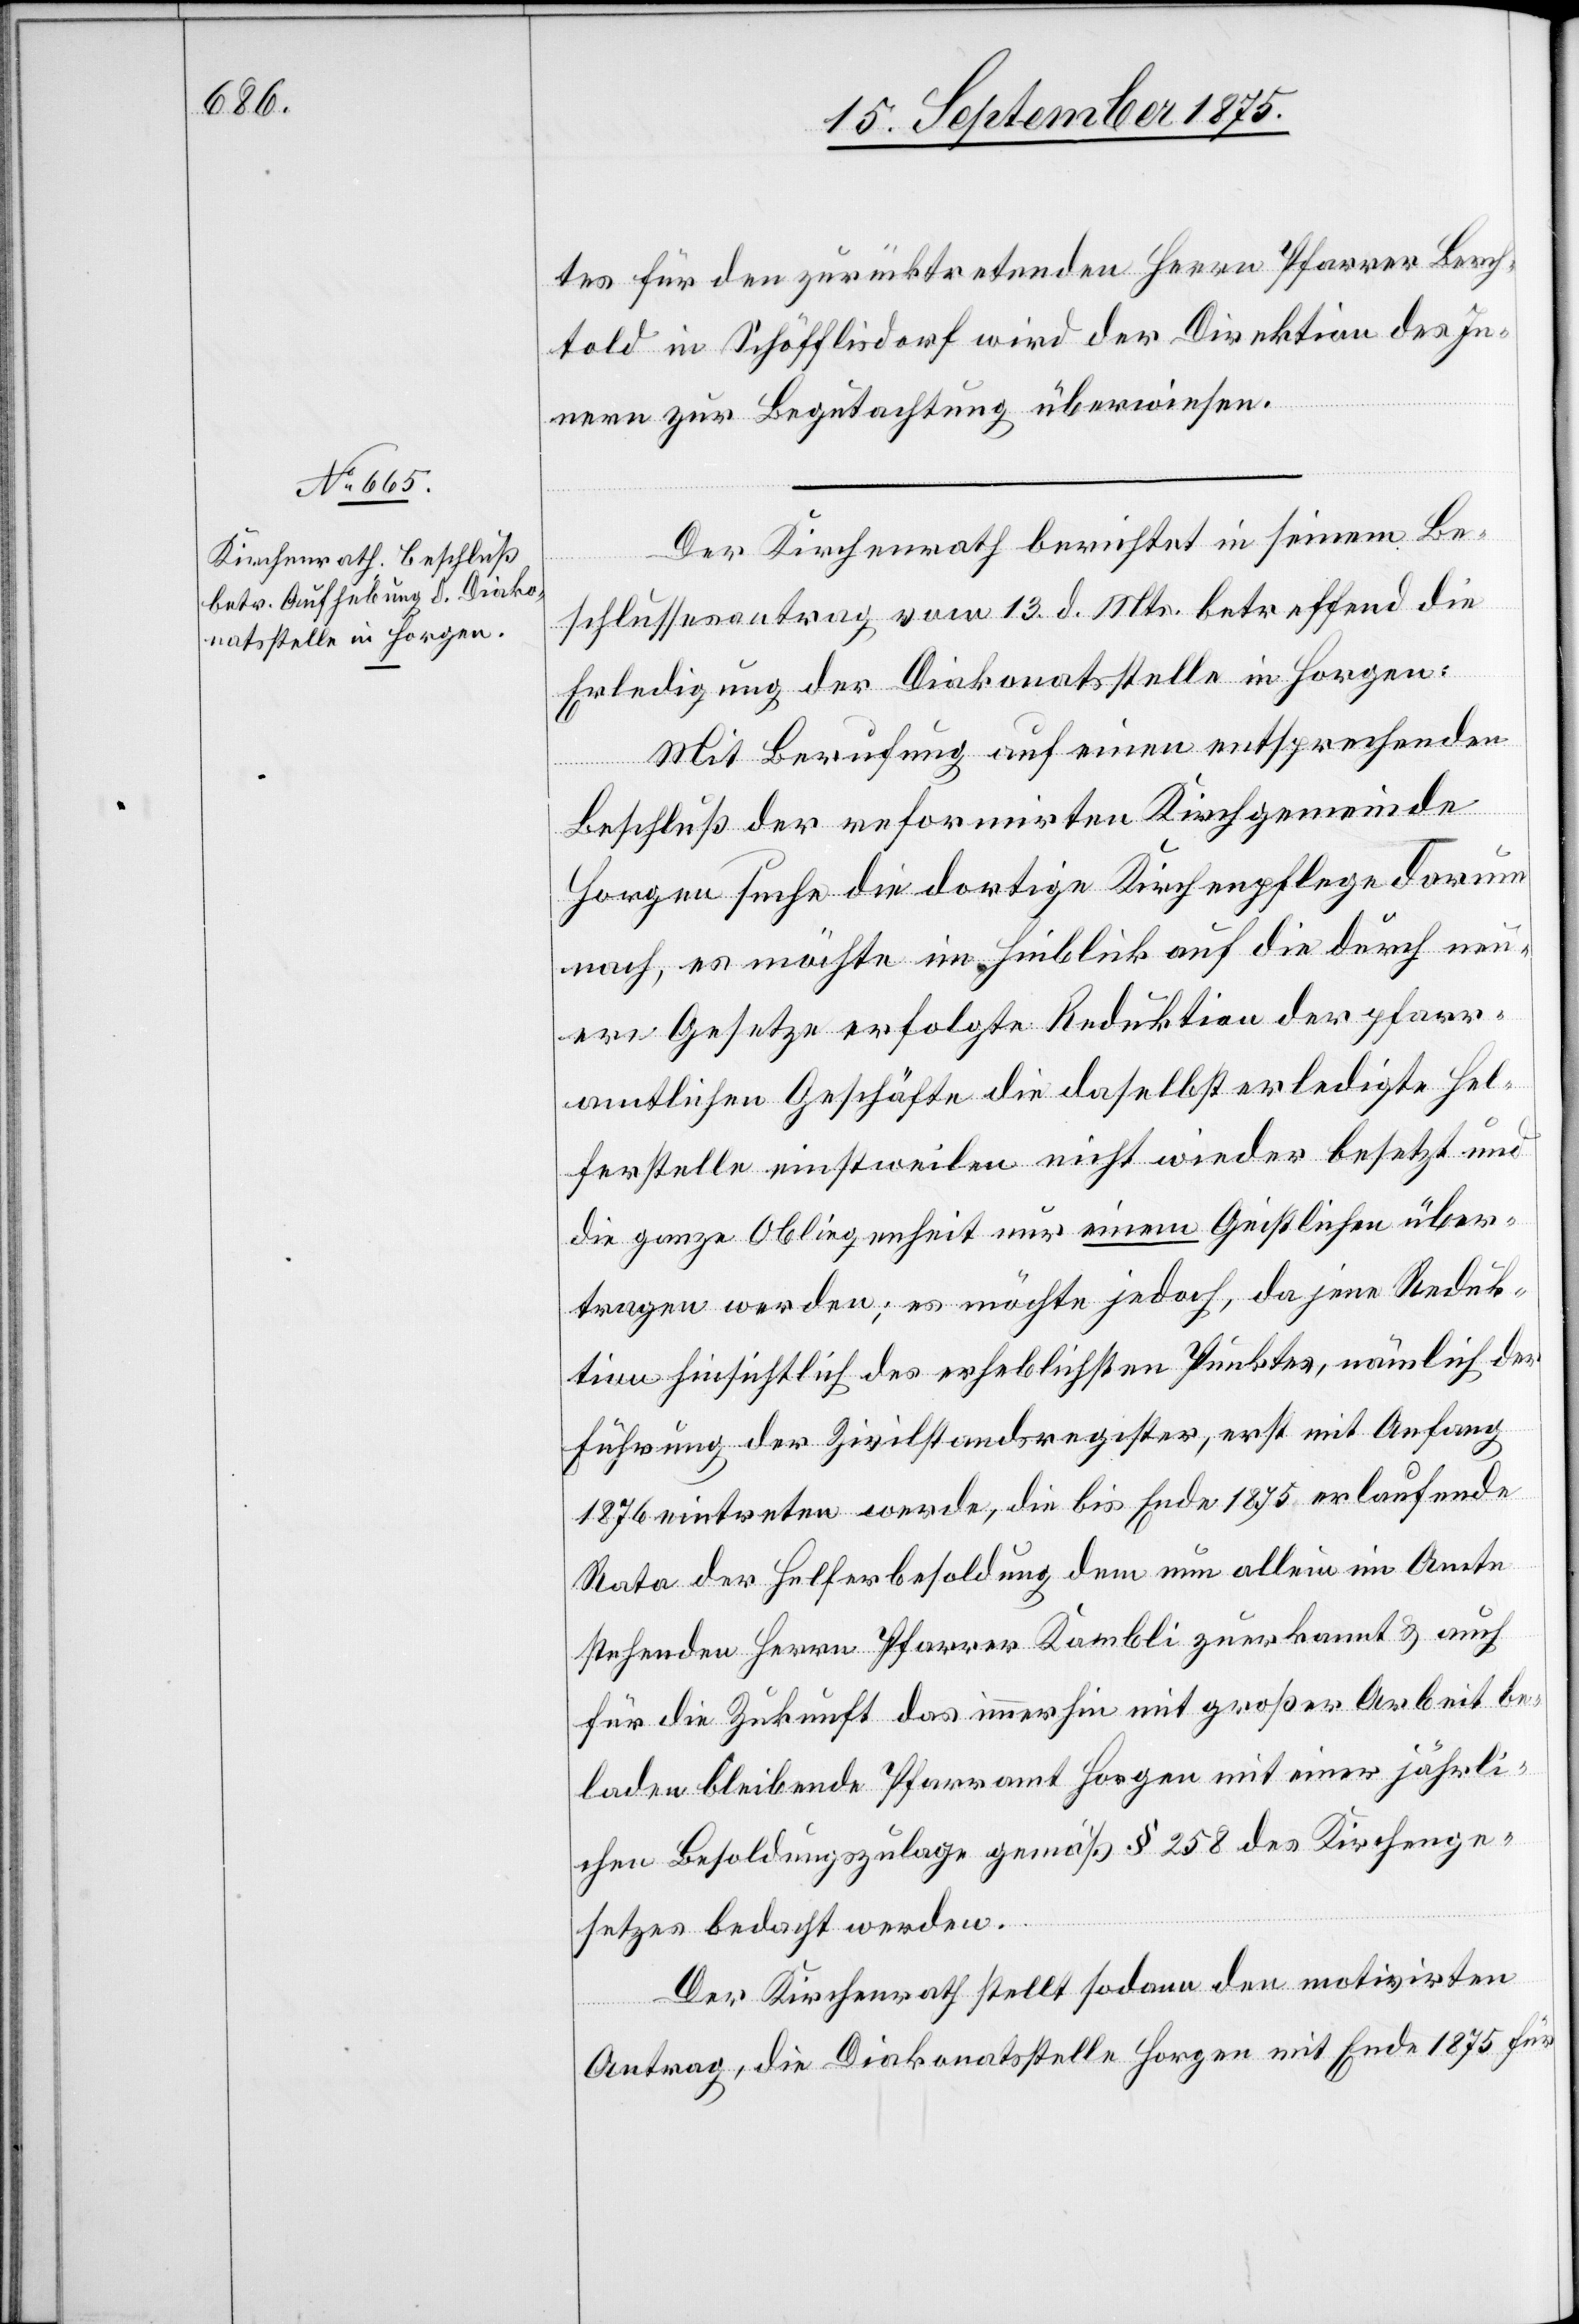
tes für den zurücktretenden Herrn Pfarrer Berch¬
told in Schöfflisdorf wird der Direktion des In¬
nern zur Begutachtung überwiesen.
Der Kirchenrath berichtet in seinem Be¬
schlussesantrag vom 13. d. Mts. betreffend die
Erledigung der Diakonatsstelle in Horgen:
Mit Berufung auf einen entsprechenden
Beschluß der reformirten Kirchgemeinde
Horgen suche die dortige Kirchenpflege darum
nach, es möchte im Hinblick auf die durch neu¬
ere Gesetze erfolgte Reduktion der pfarr¬
amtlichen Geschäfte die daselbst erledigte Hel¬
ferstelle einstweilen nicht wieder besetzt und
die ganze Obliegenheit nur einem Geistlichen über¬
tragen werden; es möchte jedoch, da jene Reduk¬
tion hinsichtlich des erheblichsten Punktes, nämlich der
Führung der Zivilstandsregister, erst mit Anfang
1876 eintreten werde, die bis Ende 1875 erlaufende
Rata der Helferbesoldung dem nun allein im Amte
stehenden Herrn Pfarrer Kambli zuerkannt & auch
für die Zukunft das immerhin mit großer Arbeit be¬
laden bleibende Pfarramt Horgen mit einer jährli¬
chen Besoldungszulage gemäß § 258 des Kirchenge¬
setzes bedacht werden.
Der Kirchenrath stellt sodann den motivirten
Antrag, die Diakonatsstelle Horgen mit Ende 1875 für